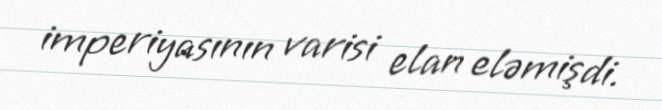
imperiyasının varisi elan eləmişdi.